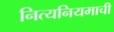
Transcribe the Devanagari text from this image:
नित्यनियमाची